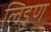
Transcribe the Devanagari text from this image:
लिडुण